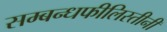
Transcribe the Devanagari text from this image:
सम्बन्धफीलिस्तीनी